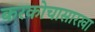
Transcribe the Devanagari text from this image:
करकोचासारखा